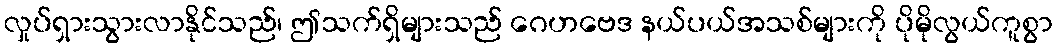
လှုပ်ရှားသွားလာနိုင်သည်၊ ဤသက်ရှိများသည် ဂေဟဗေဒ နယ်ပယ်အသစ်များကို ပိုမိုလွယ်ကူစွာ